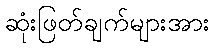
ဆုံးဖြတ်ချက်များအား